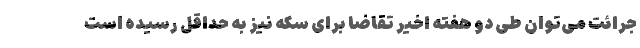
جرائت می‌توان طی دو هفته اخیر تقاضا برای سکه نیز به حداقل رسیده است